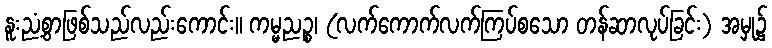
နူးညံ့စွာဖြစ်သည်လည်းကောင်း။ ကမ္မညဉ္စ၊ (လက်ကောက်လက်ကြပ်စသော တန်ဆာလုပ်ခြင်း) အမှု၌